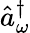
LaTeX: \hat{a}_{\omega}^{\dagger}